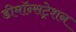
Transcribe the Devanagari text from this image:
डीमॉन्सट्रेशन